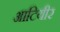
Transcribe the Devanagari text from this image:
आटियीर